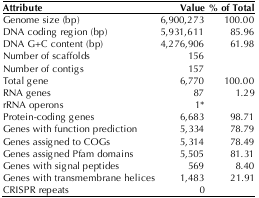
<table><thead><tr><td><b>Attribute</b></td><td><b>Value</b></td><td><b>% of Total</b></td></tr></thead><tbody><tr><td>Genome size (bp)</td><td>6,900,273</td><td>100.00</td></tr><tr><td>DNA coding region (bp)</td><td>5,931,611</td><td>85.96</td></tr><tr><td>DNA G+C content (bp)</td><td>4,276,906</td><td>61.98</td></tr><tr><td>Number of scaffolds</td><td>156</td><td></td></tr><tr><td>Number of contigs</td><td>157</td><td></td></tr><tr><td>Total gene</td><td>6,770</td><td>100.00</td></tr><tr><td>RNA genes</td><td>87</td><td>1.29</td></tr><tr><td>rRNA operons</td><td>1*</td><td></td></tr><tr><td>Protein-coding genes</td><td>6,683</td><td>98.71</td></tr><tr><td>Genes with function prediction</td><td>5,334</td><td>78.79</td></tr><tr><td>Genes assigned to COGs</td><td>5,314</td><td>78.49</td></tr><tr><td>Genes assigned Pfam domains</td><td>5,505</td><td>81.31</td></tr><tr><td>Genes with signal peptides</td><td>569</td><td>8.40</td></tr><tr><td>Genes with transmembrane helices</td><td>1,483</td><td>21.91</td></tr><tr><td>CRISPR repeats</td><td>0</td><td></td></tr></tbody></table>